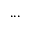
. . .